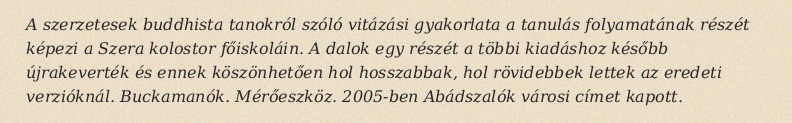
A szerzetesek buddhista tanokról szóló vitázási gyakorlata a tanulás folyamatának részét képezi a Szera kolostor főiskoláin. A dalok egy részét a többi kiadáshoz később újrakeverték és ennek köszönhetően hol hosszabbak, hol rövidebbek lettek az eredeti verzióknál. Buckamanók. Mérőeszköz. 2005-ben Abádszalók városi címet kapott.